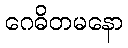
ဂေဓိတမနော